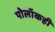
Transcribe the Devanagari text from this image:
पोलॉकही